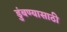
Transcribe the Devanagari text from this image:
डुंबण्यासाठी